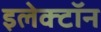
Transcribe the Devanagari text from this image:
इलेक्‍टॉन